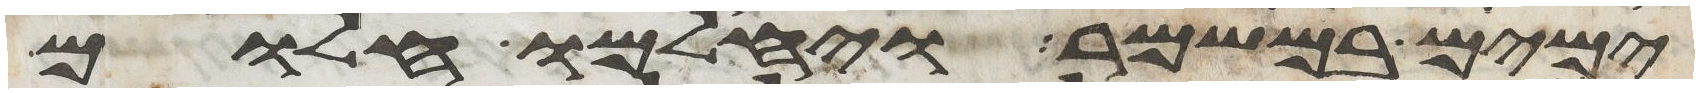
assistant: ימים במשמר ויחלמו חלום